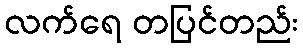
လက်ရေ တပြင်တည်း